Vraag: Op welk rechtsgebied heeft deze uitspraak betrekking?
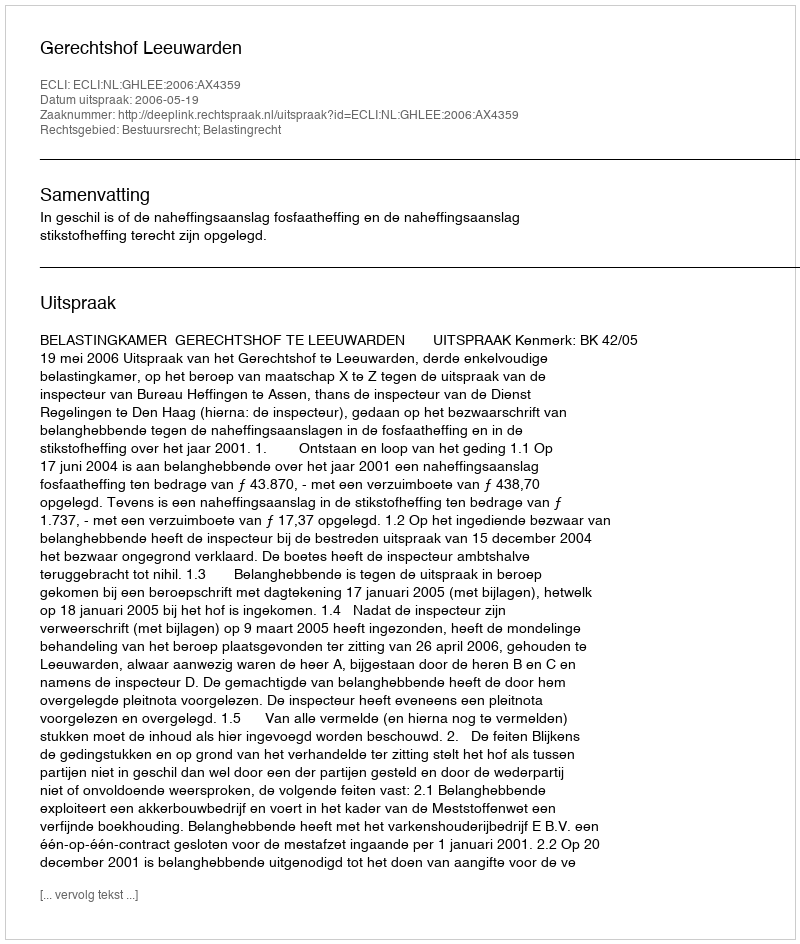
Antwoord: Bestuursrecht; Belastingrecht